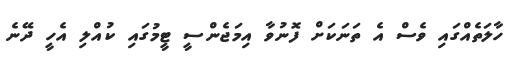
ހާލަތެއްގައި ވެސް އެ ތަނަކަށް ފޮނުވާ އިމަޖެންސީ ޓީމުގައި ކުއްލި އެހީ ދޭނެ